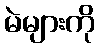
မဲများကို